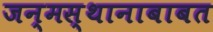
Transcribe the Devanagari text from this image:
जन्मस्थानाबाबत